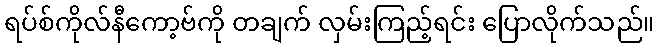
ရပ်စ်ကိုလ်နီကော့ဗ်ကို တချက် လှမ်းကြည့်ရင်း ပြောလိုက်သည်။